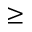
\geq